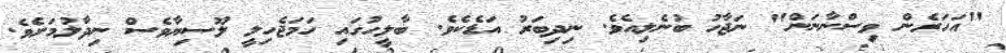
"އަހަރެން ވިސްނާނަން" ނަޖާހު ބުނެލިއެވެ. ނިދިބަރު އަޑެކެވެ. ބާލީހުގައި ހަމަޖެހިލީ ލޫސިޔާވެސް ނިދާލުމަށެވެ.